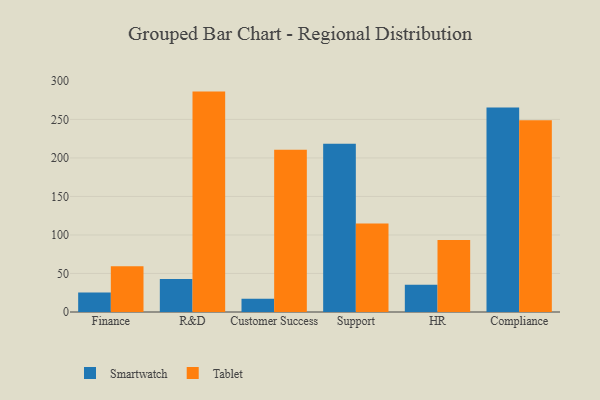
{"axis": {"x": "Department", "y": "Tickets Resolved"}, "legend": ["Smartwatch", "Tablet"], "data": [{"x": "Finance", "y": 25.4, "type": "Smartwatch"}, {"x": "Finance", "y": 59.4, "type": "Tablet"}, {"x": "R&D", "y": 42.9, "type": "Smartwatch"}, {"x": "R&D", "y": 286.1, "type": "Tablet"}, {"x": "Customer Success", "y": 17.2, "type": "Smartwatch"}, {"x": "Customer Success", "y": 210.6, "type": "Tablet"}, {"x": "Support", "y": 218.4, "type": "Smartwatch"}, {"x": "Support", "y": 114.8, "type": "Tablet"}, {"x": "HR", "y": 35.5, "type": "Smartwatch"}, {"x": "HR", "y": 93.5, "type": "Tablet"}, {"x": "Compliance", "y": 265.4, "type": "Smartwatch"}, {"x": "Compliance", "y": 248.9, "type": "Tablet"}]}